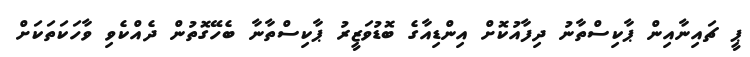
ޕީ ޗައިނާއިން ޕާކިސްތާނު ދިފާއުކޮށް އިންޑިއާގެ ބޮޑުވަޒީރު ޕާކިސްތާނާ ބެހޭގޮތުން ދެއްކެވި ވާހަކަތަކަށް